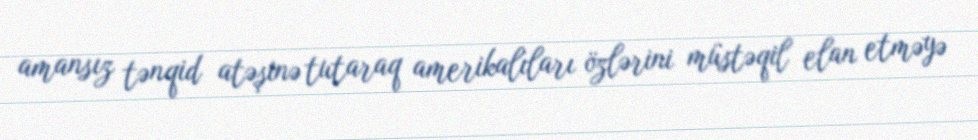
amansız tənqid atəşinə tutaraq amerikalıları özlərini müstəqil elan etməyə